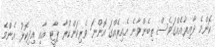
ކޮންމެ ދާއިރާއެއްގަވެސް ތިބެންވާނެ އެއިރެއްގަ އޮންނަ ވެރިކަންކުރާ ޕާޓީ އާއި އިދިކޮޅު އެންމެ